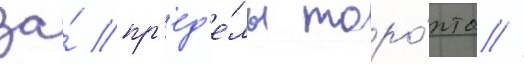
за́ пр'ед'е́лы торо́нто //